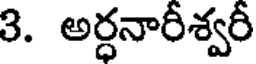
3. అర్ధనారీశ్వరీ